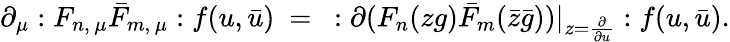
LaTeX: \partial_{\mu}:F_{n,\, \mu}\bar{F}_{m,\, \mu}:f(u,\bar{u})\ =\ :\partial(F_{n}(zg)\bar{F}_{m}(\bar{z}\bar{g}))|_{z=\frac{\partial}{\partial u}}:f(u,\bar{u}).